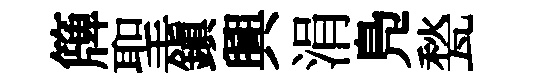
簰聖鎭興涓鳬甃